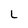
Character: L